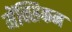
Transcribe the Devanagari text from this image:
मेंक्सिकन